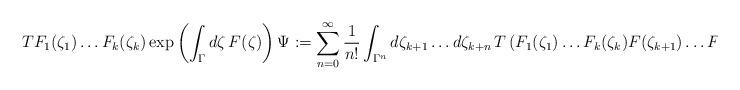
LaTeX: \begin{align*}TF_1(\zeta_1)\dots F_k(\zeta_k)\exp \left(\int_\Gamma d\zeta \,F(\zeta) \right)\Psi&:=\sum_{n=0}^\infty \frac{1}{n!}\int_{\Gamma^n}d\zeta_{k+1}\dots d\zeta_{k+n}\,T\left(F_1(\zeta_1)\dots F_k(\zeta_k)F(\zeta_{k+1})\dots F(\zeta_{k+n})\right)\Psi.\end{align*}